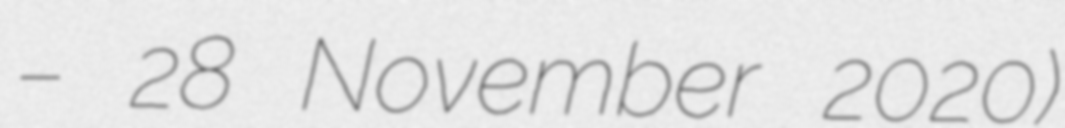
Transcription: – 28 November 2020)